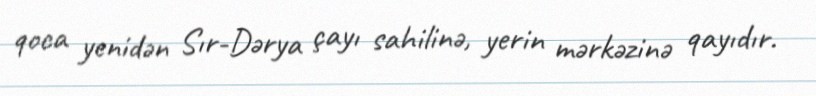
qoca yenidən Sır-Dərya çayı sahilinə, yerin mərkəzinə qayıdır.